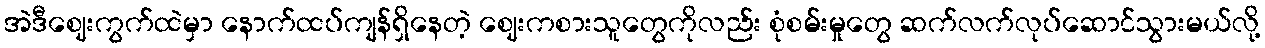
အဲဒီဈေးကွက်ထဲမှာ နောက်ထပ်ကျန်ရှိနေတဲ့ ဈေးကစားသူတွေကိုလည်း စုံစမ်းမှုတွေ ဆက်လက်လုပ်ဆောင်သွားမယ်လို့